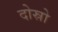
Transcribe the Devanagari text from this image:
दोस्रो